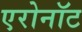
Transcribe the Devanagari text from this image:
एरोनॉट